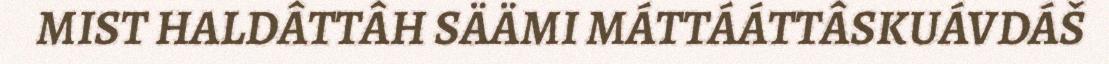
MIST HALDÂTTÂH SÄÄMI MÁTTÁÁTTÂSKUÁVDÁŠ